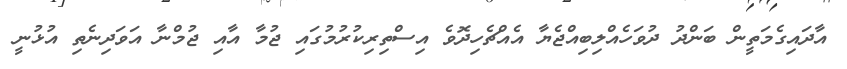
އާދައިގެމަތީން ބަންދު ދުވަހެއްލިބިއްޖެޔާ އެއްޗެހިދޮވެ އިސްތިރިކުރުމުގައި ޖުމާ އާއި ޖުމްނާ އަވަދިނެތި އުޅުނީ